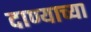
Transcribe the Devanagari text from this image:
दाण्याच्या